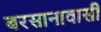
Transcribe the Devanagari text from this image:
बरसानावासी